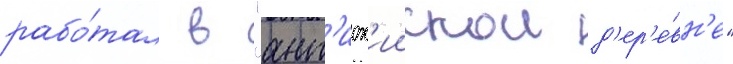
рабо́тал в "ант'иох'иискои д'ер'е́вн'е"